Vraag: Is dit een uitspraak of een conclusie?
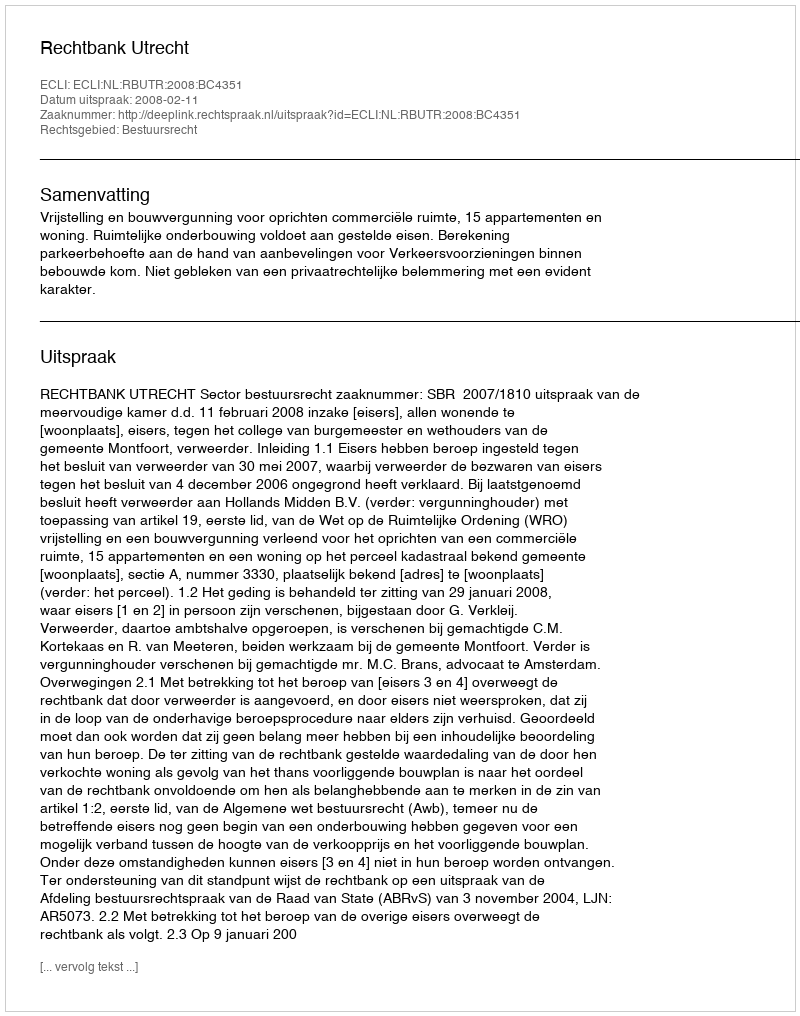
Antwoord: Uitspraak